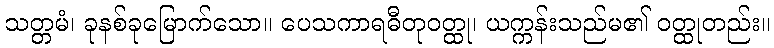
သတ္တမံ၊ ခုနစ်ခုမြောက်သော။ ပေသကာရဓီတုဝတ္ထု၊ ယက္ကန်းသည်မ၏ ဝတ္ထုတည်း။